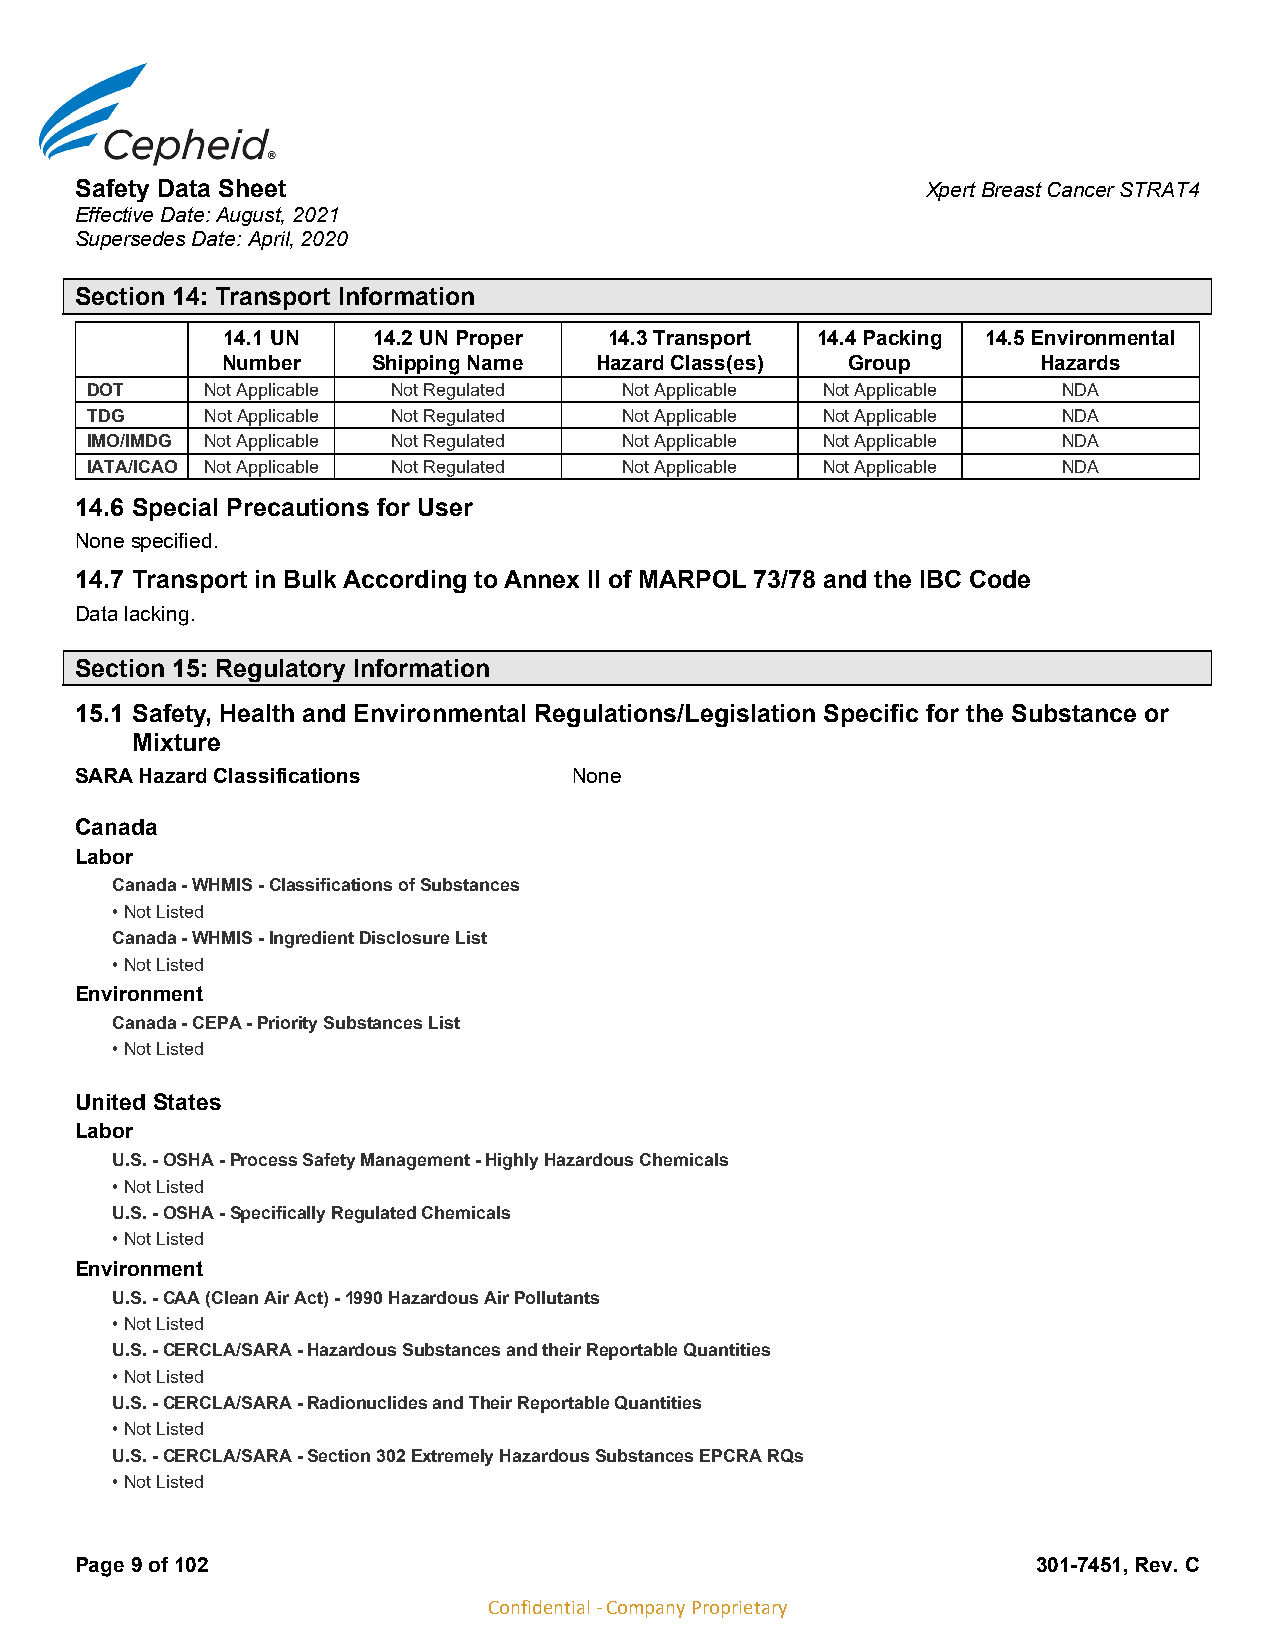
Safety Data Sheet                                       Xpert Breast Cancer STRAT4
 Effective Date: August, 2021
 Supersedes Date: April, 2020
 Section 14: Transport Information
 14.1 UN   14.2 UN Proper 14.3 Transport 14.4 Packing 14.5 Environmental
 Number    Shipping Name Hazard Class(es) Group        Hazards
 DOT     Not Applicable Not Regulated Not Applicable Not Applicable NDA
 TDG     Not Applicable Not Regulated Not Applicable Not Applicable NDA
 IMO/IMDG Not Applicable Not Regulated Not Applicable Not Applicable NDA
 IATA/ICAO Not Applicable Not Regulated Not Applicable Not Applicable NDA
 14.6 Special Precautions for User
 None specified.
 14.7 Transport in Bulk According to Annex II of MARPOL 73/78 and the IBC Code
 Data lacking.
 Section 15: Regulatory Information
 15.1 Safety, Health and Environmental Regulations/Legislation Specific for the Substance or
 Mixture
 SARA Hazard Classifications      None
 Canada
 Labor
 Canada - WHMIS - Classifications of Substances
 • Not Listed
 Canada - WHMIS - Ingredient Disclosure List
 • Not Listed
 Environment
 Canada - CEPA - Priority Substances List
 • Not Listed
 United States
 Labor
 U.S. - OSHA - Process Safety Management - Highly Hazardous Chemicals
 • Not Listed
 U.S. - OSHA - Specifically Regulated Chemicals
 • Not Listed
 Environment
 U.S. - CAA (Clean Air Act) - 1990 Hazardous Air Pollutants
 • Not Listed
 U.S. - CERCLA/SARA - Hazardous Substances and their Reportable Quantities
 • Not Listed
 U.S. - CERCLA/SARA - Radionuclides and Their Reportable Quantities
 • Not Listed
 U.S. - CERCLA/SARA - Section 302 Extremely Hazardous Substances EPCRA RQs
 • Not Listed
 Page 9 of 102                                                   301-7451, Rev. C
 Confidential - Company Proprietary